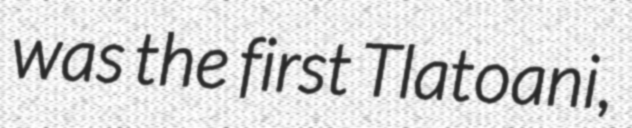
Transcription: was the first Tlatoani,